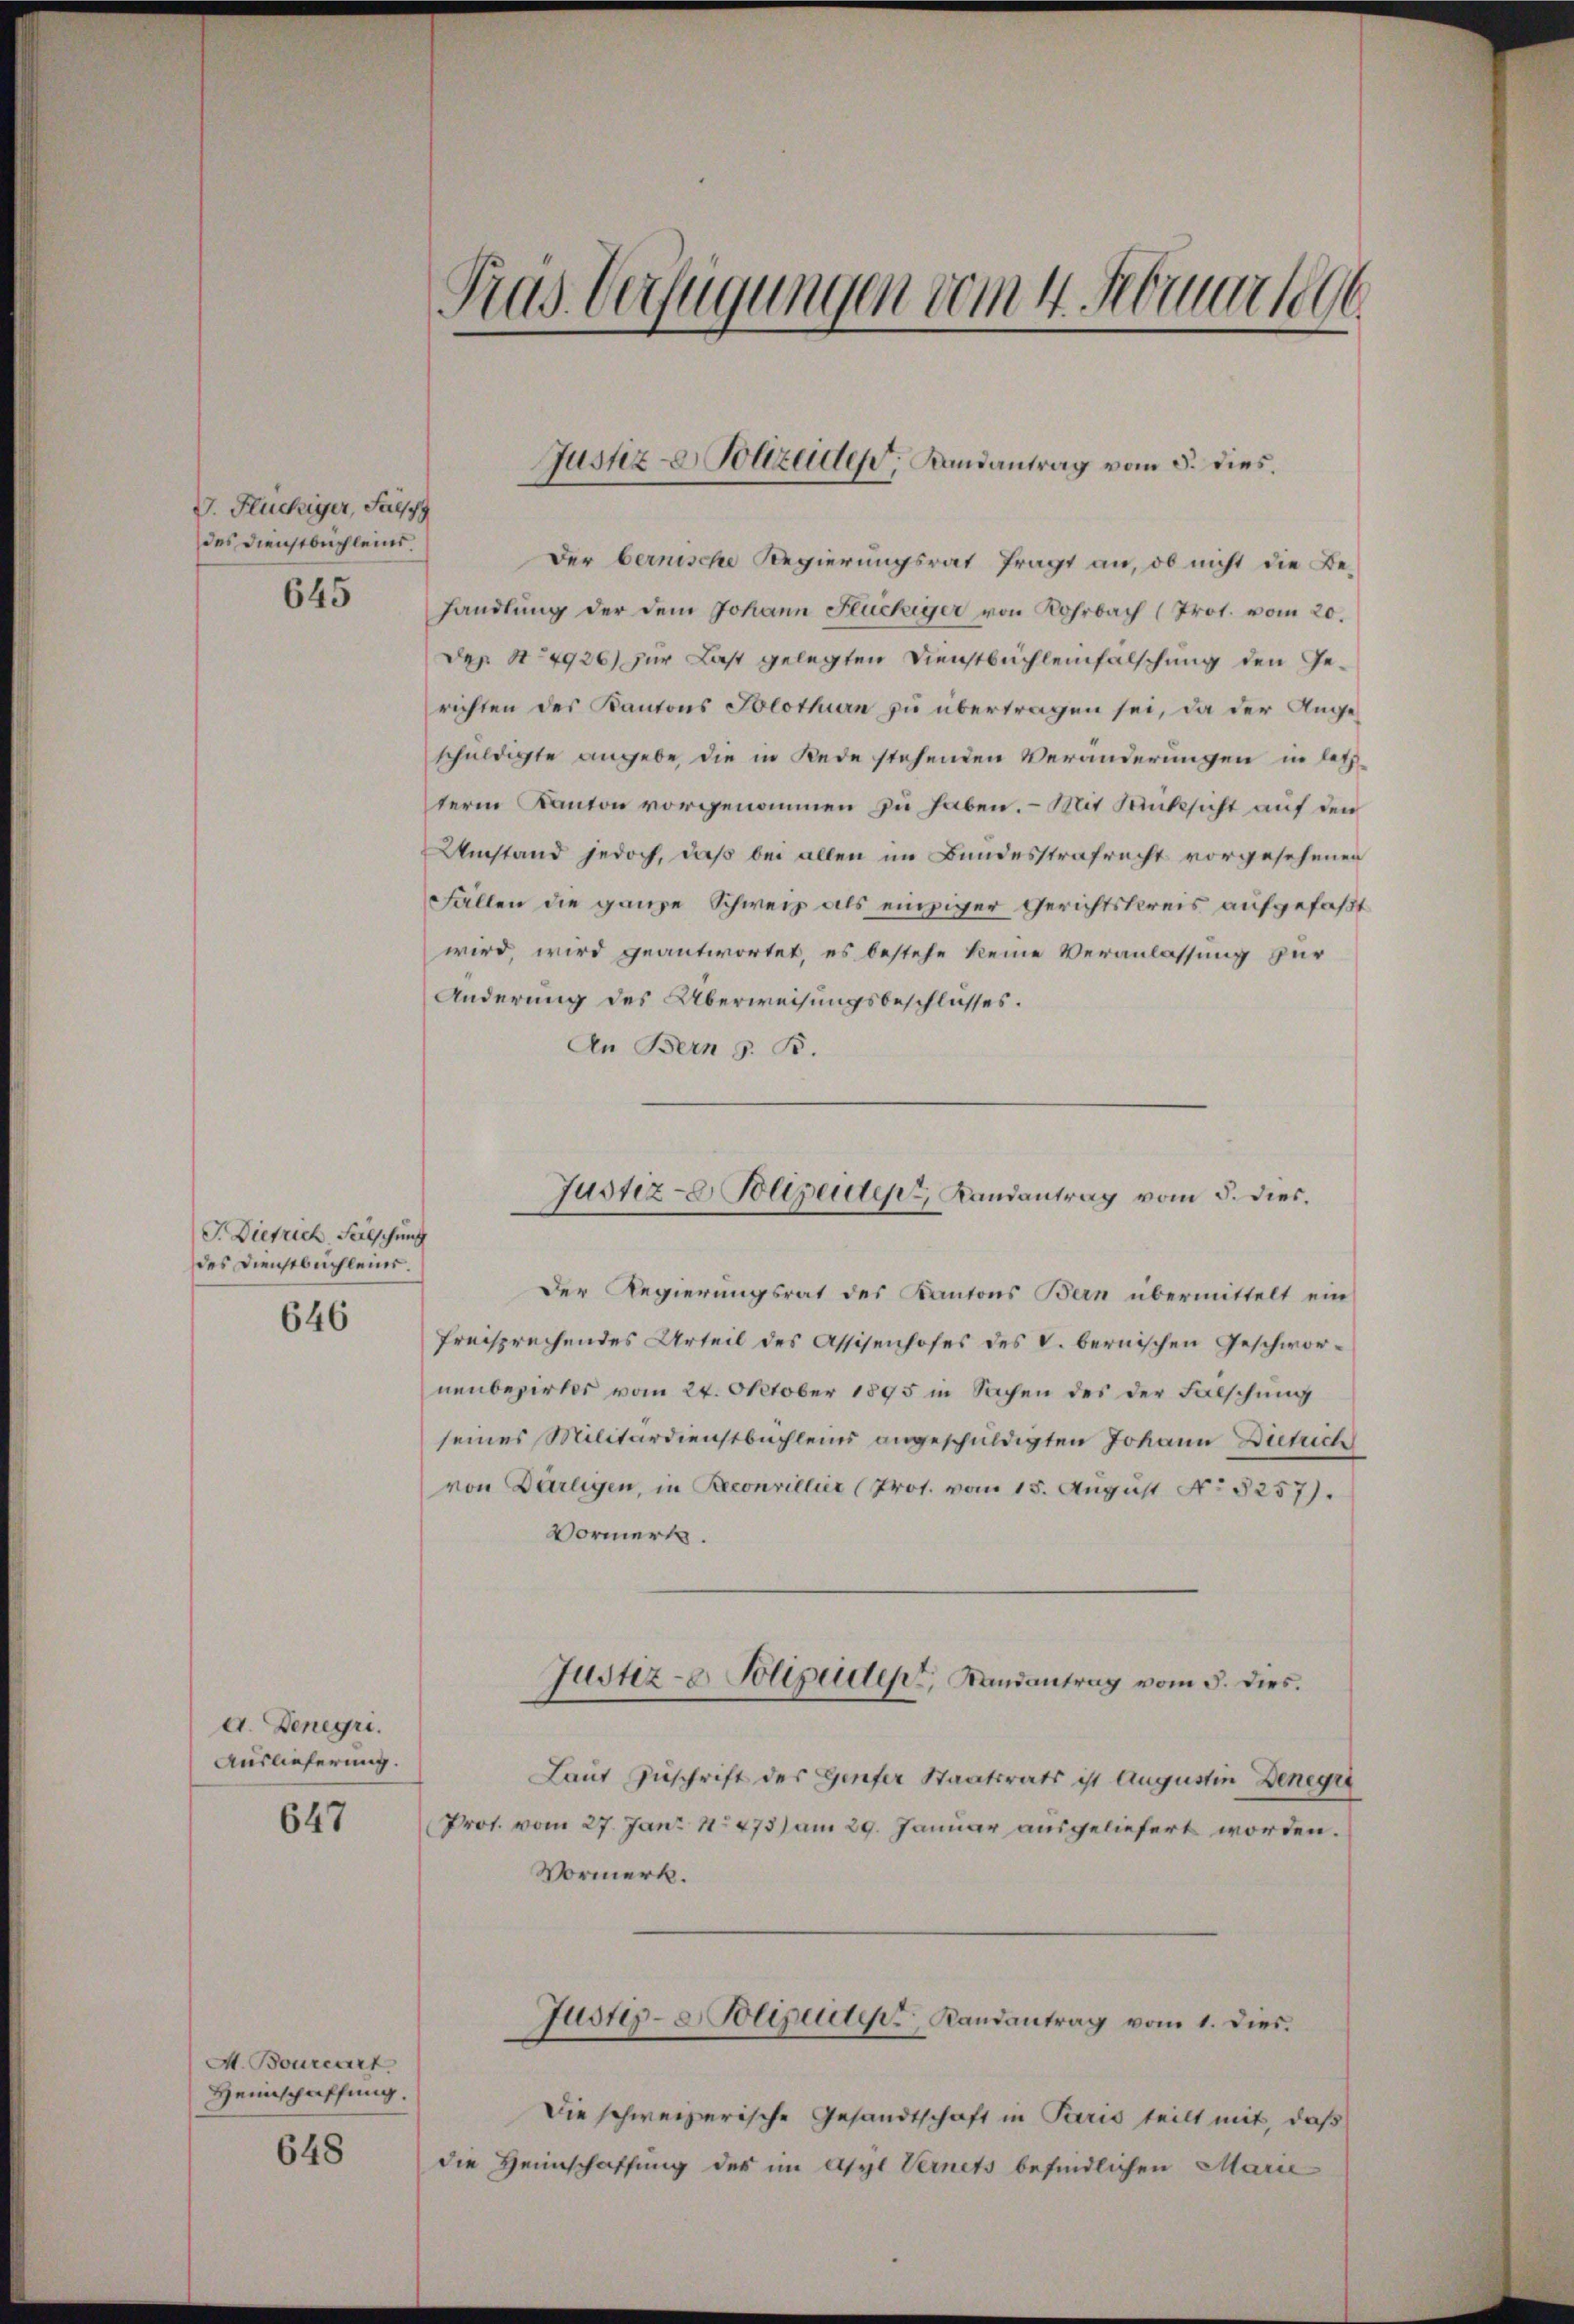
V. Fluchiger, Salz
des Dienstbuchleins.
645

J. Dietrich, Fälschung
des Dienstbuchleins.
646

d. Denegri
Auslieferung.
647

A. Bourcart
Heimschaffung.

648

Der bernische Regierungsrat fragt an, ob nicht die Behandlung der dem Johann Flüchiger von Rohrbach (Prot. vom 20.
Der S. 4926) zur Last gelegten Dienstbüchleinfälschung den Gerichten des Kantons Solothurn zu übertragen sei, da der Angeschuldigte angebe, die in Rede stehenden Veränderungen in letztterm Kanton vorgenommen zu haben. – Mit Rücksicht auf den
Umstand jedoch, daß bei allen im Bundesstrafrecht vorgesehenen
Fällen die ganze Schweiz als einziger Gerichtskreis aufgefaßt
wird, wird geantwortet, es bestehe keine Veranlassung zur
Änderung des Überweisungsbeschlusses.
An Bern z. B.
Der Regierungsrat des Kantons Bern übermittelt ein
freisprechendes Urteil des Assisenhofes des V. bernischen Geschwornenbezirkes vom 24. Oktober 1895 in Sachen des der Fälschung
seines Militärdienstbuchleins angeschuldigten Johann Dietrich
von Darlegen, in Reconvillier (Prot. vom 15. August No 5257).
Vormerke.
Justiz- & Polizeident, Landantrag vom 5. dies.
Laut Zuschrift des Genfer Staatsrats ist Augustin Denegri
Prot. vom 27. Jan. 1473) am 29. Januar ausgeliefert worden.
Vormerk.
Justiz- & Polizeiter Landantrag vom 1. dies.
Die schweizerische Gesandtschaft in Paris teilt mit, daß
die Heimschaffung des im Asyl Vernets befindlichen Marie

Pras Verfügungen dem 4. Februar 186

Justiz- & Polizeide, Landantrag vom 5. dies

Justiz- Polizeider Landantrag vom 5. dies.